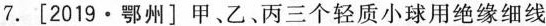
7.[2019·鄂州]甲、乙、丙三个轻质小球用绝缘细线